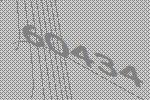
60434